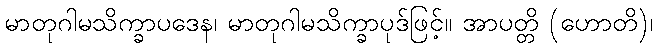
မာတုဂါမသိက္ခာပဒေန၊ မာတုဂါမသိက္ခာပုဒ်ဖြင့်။ အာပတ္တိ (ဟောတိ)၊